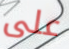
على